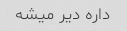
داره دیر میشه